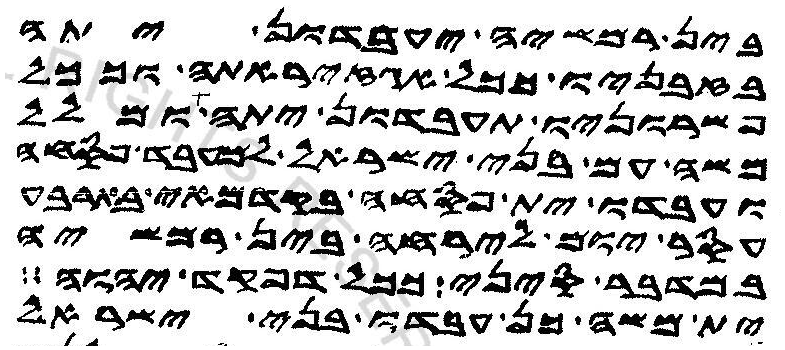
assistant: בין רמשיה יעבדון יתה
בזבניו ככל אגזיראתה וככל
פשרוניו תעבדון יתה ומלל
משה עם בני ישראל למעבד פסחה
ועבדו ית פסחה בקדמאי בארבע
עסר יום לירחה בין רמשיה
במדבר סיני ככל דפקד יהוה
ית משה כן עבדו בני ישראל